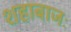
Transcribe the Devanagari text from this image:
शहाबाजः